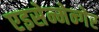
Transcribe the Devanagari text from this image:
एइसेन्मेन्गेर